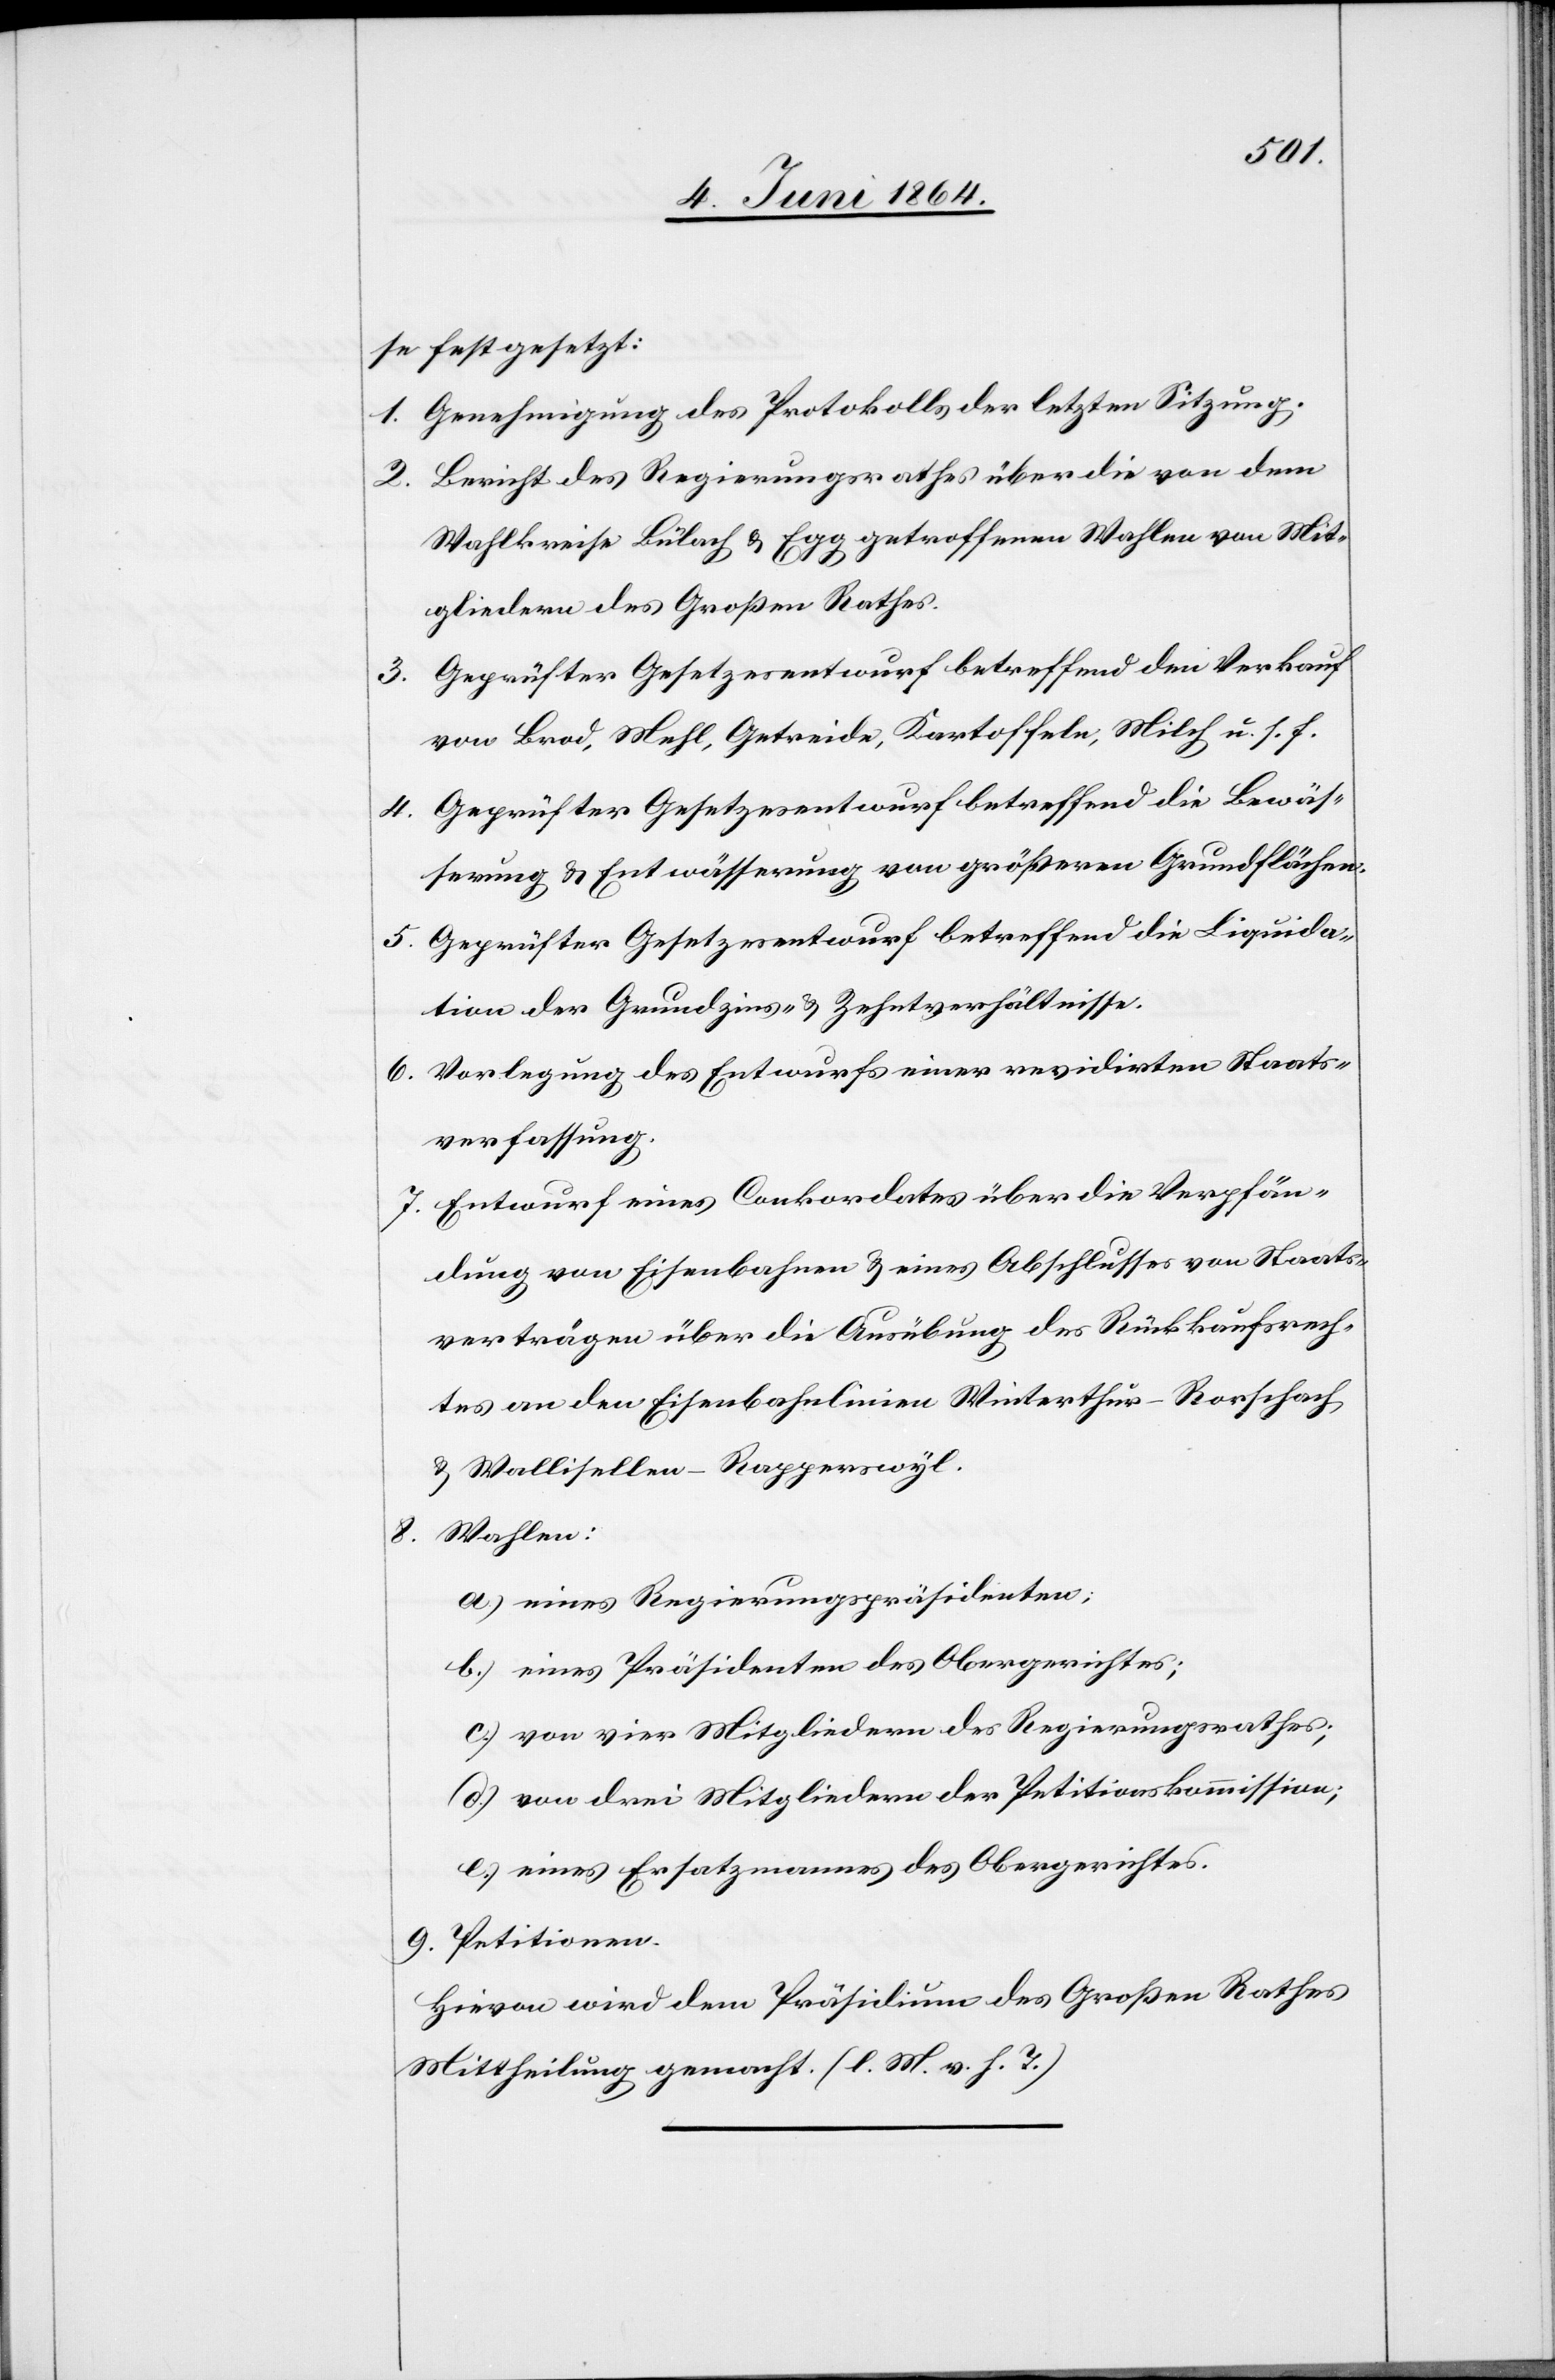
8.
se festgesetzt:
1. Genehmigung des Protokolls der letzten Sitzung.
2. Bericht des Regierungsrathes über die von dem
Wahlkreise Bülach u. Egg getroffenen Wahlen von Mit¬
gliedern des Großen Rathes.
3. Geprüfter Gesetzesentwurf betreffend den Verkauf
von Brod, Mehl, Getreide, Kartoffeln, Milch u. s. f.
4. Geprüfter Gesetzesentwurf betreffend die Bewäs¬
serung u. Entwässerung von größeren Grundflächen.
5. Geprüfter Gesetzesentwurf betreffend die Liquida¬
tion der Grundzins- u. Zehntverhältnisse.
6. Vorlegung des Entwurfs einer revidirten Staats¬
verfassung.
7. Entwurf eines Conkordates über die Verpfän¬
dung von Eisenbahnen u. eines Abschlusses von Staats¬
verträgen über die Ausübung des Rückkaufsrech¬
tes an den Eisenbahnlinien Winterthur–Rorschach
u. Wallisellen–Rapperswyl.
Wahlen:
a.) eines Regierungspräsidenten;
b.) eines Präsidenten des Obergerichtes;
c.) von vier Mitgliedern des Regierungsrathes;
d.) von drei Mitgliedern der Petitionskommission;
e.) eines Ersatzmannes des Obergerichtes.
9. Petitionen.
Hievon wird dem Präsidium des Großen Rathes
Mittheilung gemacht. (l. M. v. h. T.)